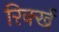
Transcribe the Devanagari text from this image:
रिर्क्ख